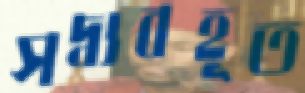
সদ্ব্যবহূত